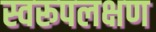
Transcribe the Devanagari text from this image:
स्वरूपलक्षण